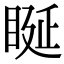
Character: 䀽